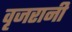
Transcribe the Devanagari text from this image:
वृजरानी